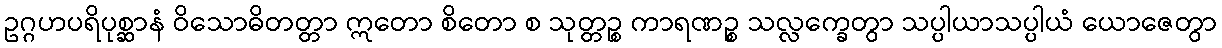
ဥဂ္ဂဟပရိပုစ္ဆာနံ ဝိသောဓိတတ္တာ ဣတော စိတော စ သုတ္တဉ္စ ကာရဏဉ္စ သလ္လက္ခေတွာ သပ္ပါယာသပ္ပါယံ ယောဇေတွာ